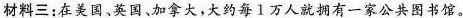
材料三：在美国、英国、加拿大，大约每1万人就拥有一家公共图书馆。